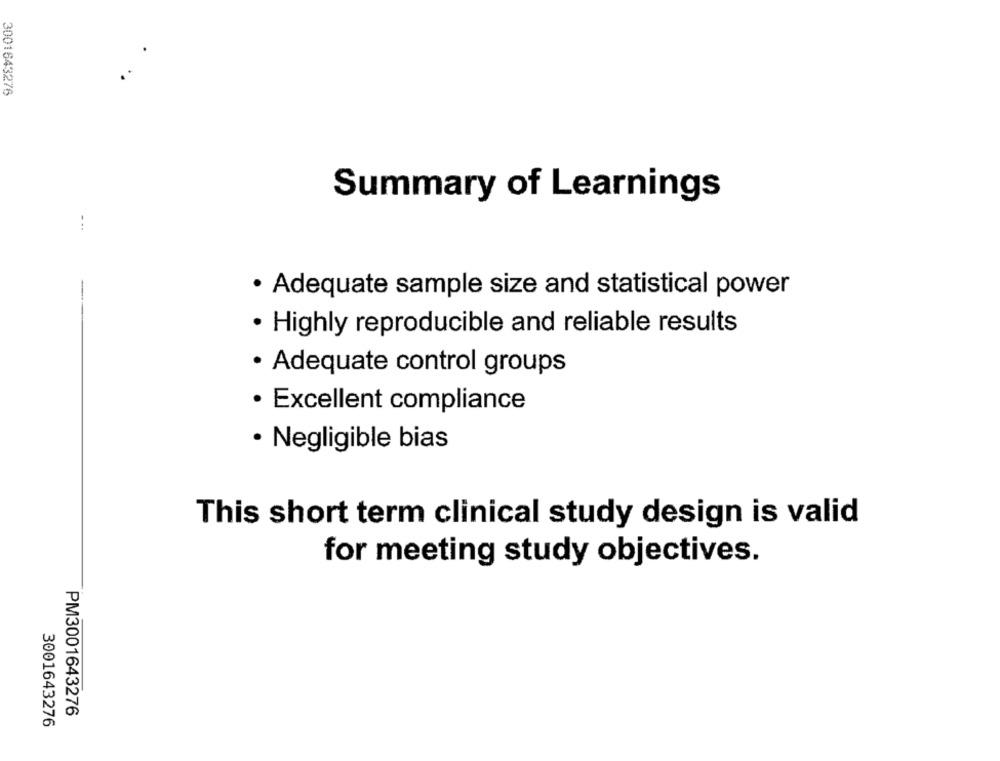
3001643276
Summary of Learnings
...
· Adequate sample size and statistical power
· Highly reproducible and reliable results
· Adequate control groups
· Excellent compliance
· Negligible bias
This short term clinical study design is valid
for meeting study objectives.
PM3001643276
3001643276